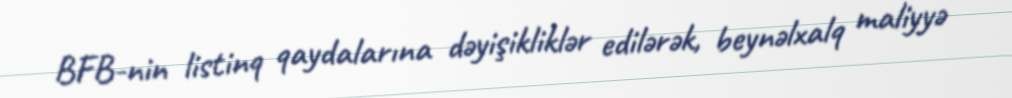
BFB-nin listinq qaydalarına dəyişikliklər edilərək, beynəlxalq maliyyə